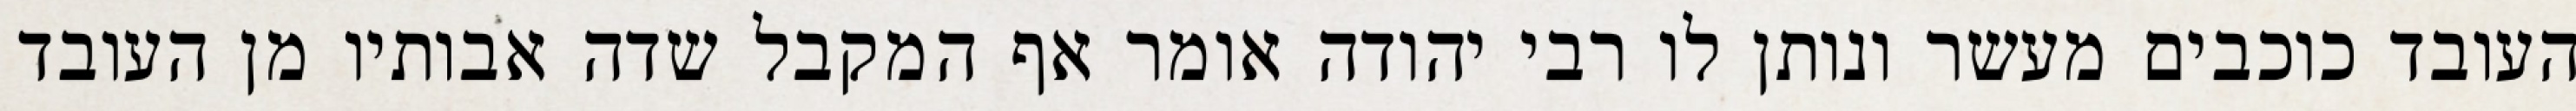
העובד כוכבים מעשר ונותן לו רבי יהודה אומר אף המקבל שדה אבותיו מן העובד